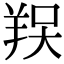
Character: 𦎀